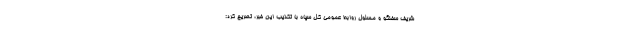
شریف سخنگو و مسئول روابط عمومی کل سپاه با تکذیب این خبر، تصریح کرد: